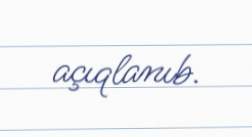
açıqlanıb.